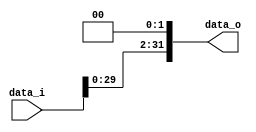
//Subject:      CO project 2 - Shift_Left_Two_32
//--------------------------------------------------------------------------------
//Version:     1
//--------------------------------------------------------------------------------
//Description: 
//--------------------------------------------------------------------------------

module Shift_Left_Two_32(
    data_i,
    data_o
    );

//I/O ports                    
input [32-1:0] data_i;
output [32-1:0] data_o;

assign data_o = { data_i[29:0], 1'b0, 1'b0};
    
endmodule